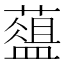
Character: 𦿘